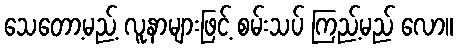
သေတော့မည့် လူနာများဖြင့် စမ်းသပ် ကြည့်မည် လော။